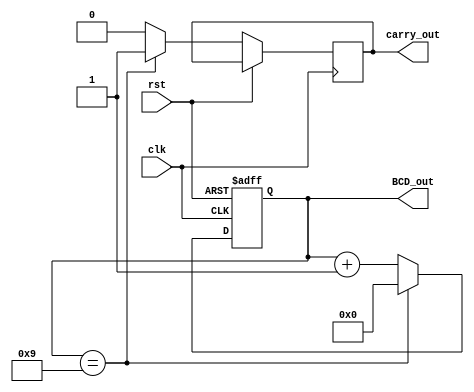
module BCD_Counter (
    input wire clk,
    input wire rst,
    output wire [3:0] BCD_out,
    output wire carry_out
);

reg [3:0] BCD_reg;

always @(posedge clk or posedge rst) begin
    if (rst) begin
        BCD_reg <= 4'b0000;
    end else begin
        if (BCD_reg == 4'b1001) begin
            BCD_reg <= 4'b0000;
            carry_out <= 1;
        end else begin
            BCD_reg <= BCD_reg + 4'b0001;
            carry_out <= 0;
        end
    end
end

assign BCD_out = BCD_reg;

endmodule